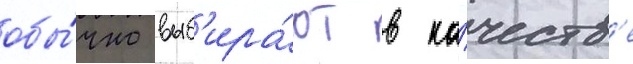
обы́чно выб'ира́ют в ка́честв'е